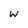
Character: w